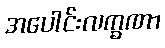
အပေါင်းလက္ခဏာ